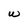
Character: W